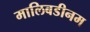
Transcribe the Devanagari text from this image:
मालिबडीनम